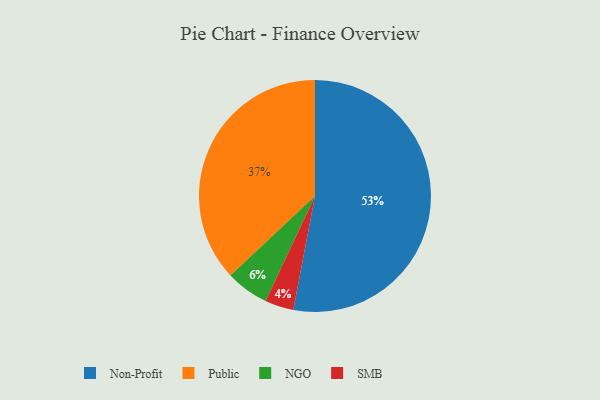
{"axis": {"x": "Category", "y": "Percentage"}, "legend": ["NGO", "Non-Profit", "Public", "SMB"], "data": [{"x": "Public", "y": 37, "type": "Public"}, {"x": "NGO", "y": 6, "type": "NGO"}, {"x": "Non-Profit", "y": 53, "type": "Non-Profit"}, {"x": "SMB", "y": 4, "type": "SMB"}]}